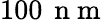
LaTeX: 100\, \mathrm{~n~m~}